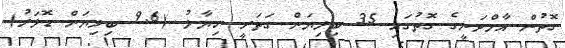
ގޮތުން އާމްދަނީގެ ގޮތުގައި 35 ބިލިޔަން ގަތަރީ ރިޔާލު (9.6 ބިލިޔަން ޑޮލަރު)